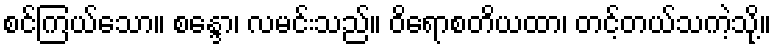
စင်ကြယ်သော။ စန္ဒော၊ လမင်းသည်။ ဝိရောစတိယထာ၊ တင့်တယ်သကဲ့သို့။